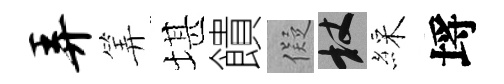
弄筭堪饋儗杖綵埓